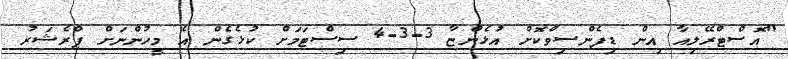
"އޮސްޓްރޭލިއާ އިން ޑިފެންސިވްކޮށް އުޅެންޏާ 3-3-4 ސިސްޓަމަށް ކުޅެގެން އެ މީހުންނަށް ޕްރެޝަރު